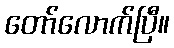
တော်လောက်ပြီ။